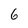
Character: 6